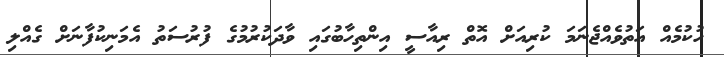
ހުކުމެއް އަތުވެއްޖެނަމަ ކުރިއަށް އޮތް ރިއާސީ އިންތިހާބުގައި ވާދަކުރުމުގެ ފުރުސަތު އެމަނިކުފާނަށް ގެއްލި